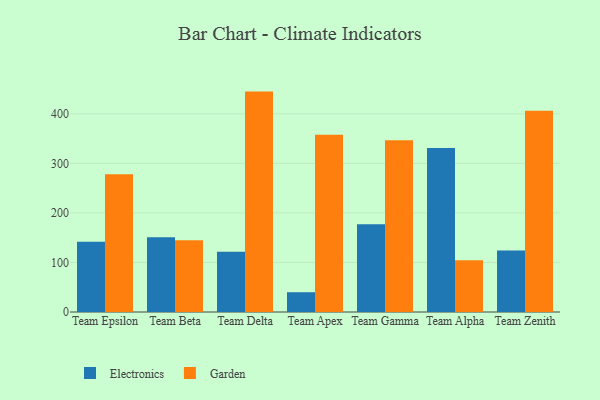
{"axis": {"x": "Team", "y": "Gross Profit (USD K)"}, "legend": ["Electronics", "Garden"], "data": [{"x": "Team Epsilon", "y": 142.0, "type": "Electronics"}, {"x": "Team Epsilon", "y": 278.2, "type": "Garden"}, {"x": "Team Beta", "y": 150.7, "type": "Electronics"}, {"x": "Team Beta", "y": 144.8, "type": "Garden"}, {"x": "Team Delta", "y": 121.5, "type": "Electronics"}, {"x": "Team Delta", "y": 444.8, "type": "Garden"}, {"x": "Team Apex", "y": 39.9, "type": "Electronics"}, {"x": "Team Apex", "y": 357.8, "type": "Garden"}, {"x": "Team Gamma", "y": 177.1, "type": "Electronics"}, {"x": "Team Gamma", "y": 346.7, "type": "Garden"}, {"x": "Team Alpha", "y": 330.9, "type": "Electronics"}, {"x": "Team Alpha", "y": 104.3, "type": "Garden"}, {"x": "Team Zenith", "y": 123.9, "type": "Electronics"}, {"x": "Team Zenith", "y": 406.3, "type": "Garden"}]}